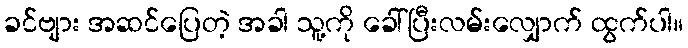
ခင်ဗျား အဆင်ပြေတဲ့ အခါ သူ့ကို ခေါ်ပြီးလမ်းလျှောက် ထွက်ပါ။